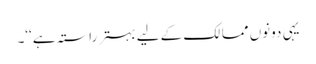
یہی دونوں ممالک کے لیے بہتر راستہ ہے‘‘۔